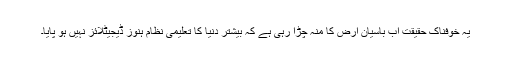
یہ خوفناک حقیقت اب باسیانِ ارض کا منہ چڑا رہی ہے کہ بیشتر دنیا کا تعلیمی نظام ہُنوز ڈیجیٹلائز نہیں ہو پایا۔